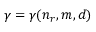
\gamma = \gamma ( n _ { r } , m , d )